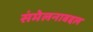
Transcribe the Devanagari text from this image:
संमेलनाबद्दल